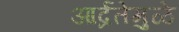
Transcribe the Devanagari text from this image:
आर्द्रतेमुळे